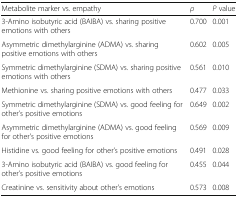
<table><thead><tr><td><b>Metabolite marker vs. empathy</b></td><td><b><i>ρ</i></b></td><td><b><i>P</i> value</b></td></tr></thead><tbody><tr><td>3-Amino isobutyric acid (BAIBA) vs. sharing positive emotions with others</td><td>0.700</td><td>0.001</td></tr><tr><td>Asymmetric dimethylarginine (ADMA) vs. sharing positive emotions with others</td><td>0.602</td><td>0.005</td></tr><tr><td>Symmetric dimethylarginine (SDMA) vs. sharing positive emotions with others</td><td>0.561</td><td>0.010</td></tr><tr><td>Methionine vs. sharing positive emotions with others</td><td>0.477</td><td>0.033</td></tr><tr><td>Symmetric dimethylarginine (SDMA) vs. good feeling for other’s positive emotions</td><td>0.649</td><td>0.002</td></tr><tr><td>Asymmetric dimethylarginine (ADMA) vs. good feeling for other’s positive emotions</td><td>0.569</td><td>0.009</td></tr><tr><td>Histidine vs. good feeling for other’s positive emotions</td><td>0.491</td><td>0.028</td></tr><tr><td>3-Amino isobutyric acid (BAIBA) vs. good feeling for other’s positive emotions</td><td>0.455</td><td>0.044</td></tr><tr><td>Creatinine vs. sensitivity about other’s emotions</td><td>0.573</td><td>0.008</td></tr></tbody></table>